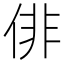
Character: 俳